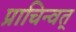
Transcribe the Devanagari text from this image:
प्राचिन्वत्‌